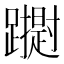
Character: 𮜢